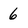
Character: 6